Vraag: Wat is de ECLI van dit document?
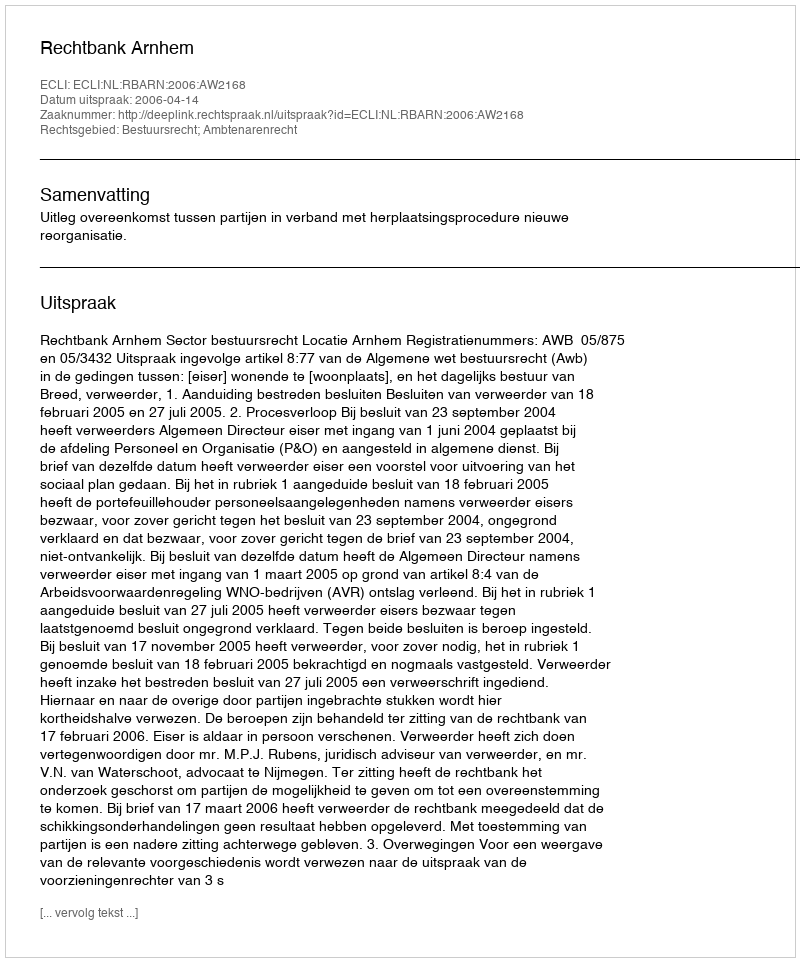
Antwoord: ECLI:NL:RBARN:2006:AW2168